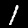
Digit: 1